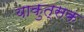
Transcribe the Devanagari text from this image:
याकुत्सक